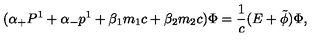
( { \alpha } _ { + } P ^ { 1 } + { \alpha } _ { - } p ^ { 1 } + { \beta } _ { 1 } m _ { 1 } c + { \beta } _ { 2 } m _ { 2 } c ) { \Phi } = \frac { 1 } { c } ( E + \tilde { \phi } ) { \Phi } ,